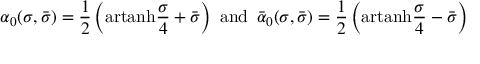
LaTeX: \alpha _ { 0 } ( \sigma , \bar { \sigma } ) = \frac { 1 } { 2 } \left( \mathrm { a r t a n h } \frac { \sigma } { 4 } + \bar { \sigma } \right) \, \, \mathrm { a n d } \, \, \, \bar { \alpha } _ { 0 } ( \sigma , \bar { \sigma } ) = \frac { 1 } { 2 } \left( \mathrm { a r t a n h } \frac { \sigma } { 4 } - \bar { \sigma } \right)